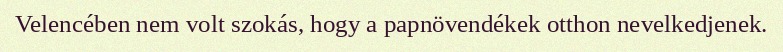
Velencében nem volt szokás, hogy a papnövendékek otthon nevelkedjenek.